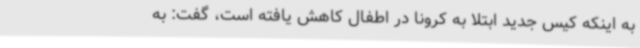
به اینکه کیس جدید ابتلا به کرونا در اطفال کاهش یافته است، گفت: به